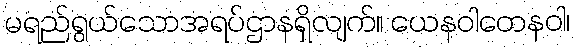
မရည်ရွယ်သောအရပ်ဌာနရှိလျက်။ ယေနဝါတေနဝါ၊